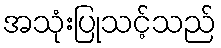
အသုံးပြုသင့်သည်